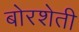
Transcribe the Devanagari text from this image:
बोरशेती